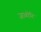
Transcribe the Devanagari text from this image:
जाळोनि